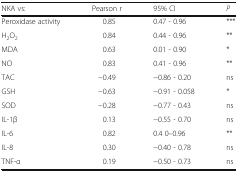
<table><thead><tr><td><b>NKA vs:</b></td><td><b>Pearson r</b></td><td><b>95% CI</b></td><td><b><i>P</i></b></td></tr></thead><tbody><tr><td>Peroxidase activity</td><td>0.85</td><td>0.47 - 0.96</td><td>***</td></tr><tr><td>H<sub>2</sub>O<sub>2</sub></td><td>0.84</td><td>0.44 - 0.96</td><td>**</td></tr><tr><td>MDA</td><td>0.63</td><td>0.01 - 0.90</td><td>*</td></tr><tr><td>NO</td><td>0.83</td><td>0.41 - 0.96</td><td>**</td></tr><tr><td>TAC</td><td>−0.49</td><td>−0.86 - 0.20</td><td>ns</td></tr><tr><td>GSH</td><td>−0.63</td><td>−0.91 - 0.058</td><td>*</td></tr><tr><td>SOD</td><td>−0.28</td><td>−0.77 - 0.43</td><td>ns</td></tr><tr><td>IL-1β</td><td>0.13</td><td>−0.55 - 0.70</td><td>ns</td></tr><tr><td>IL-6</td><td>0.82</td><td>0.4 0–0.96</td><td>**</td></tr><tr><td>IL-8</td><td>0.30</td><td>−0.40 - 0.78</td><td>ns</td></tr><tr><td>TNF-α</td><td>0.19</td><td>−0.50 - 0.73</td><td>ns</td></tr></tbody></table>